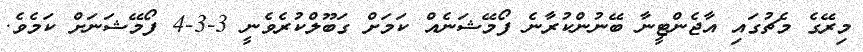
މިރޭގެ މެޗުގައި އާޖެންޓީނާ ބޭނުންކުރާނެ ފޯމޭޝަނެއް ކަމަށް ގަބޫލްކުރެވެނީ 3-3-4 ފޯމޭޝަަނަށް ކަމެވެ.